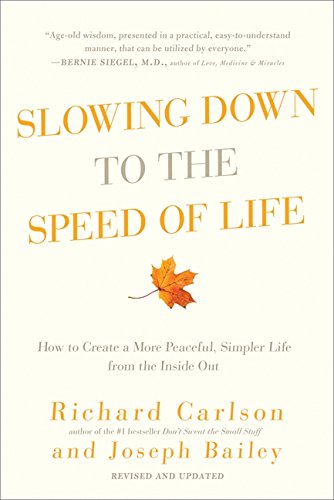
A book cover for Slowing Down to the Speed of Life: How to Create a More Peaceful, Simpler Life from the Inside Out; Richard Carlson; Self-Help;